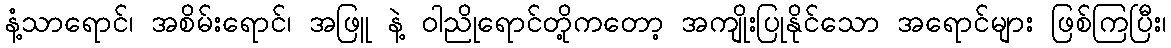
နံ့သာရောင်၊ အစိမ်းရောင်၊ အဖြူ နဲ့ ဝါညိုရောင်တို့ကတော့ အကျိုးပြုနိုင်သော အရောင်များ ဖြစ်ကြပြီး၊